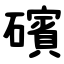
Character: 礗